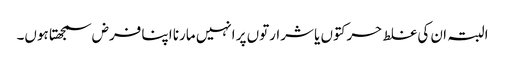
البتہ ان کی غلط حرکتوں یا شرارتوں پر انہیں مارنا اپنا فرض سمجھتا ہوں۔